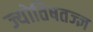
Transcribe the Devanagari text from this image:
ज्योतिषतज्ज्ञ